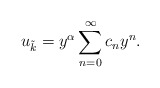
\begin{align*}u_{\tilde{k}} = y^{\alpha} \sum_{n=0}^{\infty} c_n y^n.\end{align*}